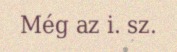
Még az i. sz.